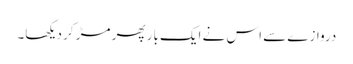
دروازے سے اس نے ایک بار پھر مڑ کر دیکھا۔